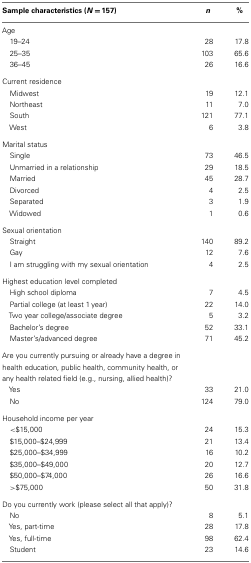
<table><thead><tr><td><b>Sample characteristics (<i>N</i> = 157)</b></td><td><b><i>n</i></b></td><td><b>%</b></td></tr></thead><tbody><tr><td>Age</td></tr><tr><td> 19–24</td><td>28</td><td>17.8</td></tr><tr><td> 25–35</td><td>103</td><td>65.6</td></tr><tr><td> 36–45</td><td>26</td><td>16.6</td></tr><tr><td>Current residence</td></tr><tr><td> Midwest</td><td>19</td><td>12.1</td></tr><tr><td> Northeast</td><td>11</td><td>7.0</td></tr><tr><td> South</td><td>121</td><td>77.1</td></tr><tr><td> West</td><td>6</td><td>3.8</td></tr><tr><td>Marital status</td></tr><tr><td> Single</td><td>73</td><td>46.5</td></tr><tr><td> Unmarried in a relationship</td><td>29</td><td>18.5</td></tr><tr><td> Married</td><td>45</td><td>28.7</td></tr><tr><td> Divorced</td><td>4</td><td>2.5</td></tr><tr><td> Separated</td><td>3</td><td>1.9</td></tr><tr><td> Widowed</td><td>1</td><td>0.6</td></tr><tr><td>Sexual orientation</td></tr><tr><td> Straight</td><td>140</td><td>89.2</td></tr><tr><td> Gay</td><td>12</td><td>7.6</td></tr><tr><td> I am struggling with my sexual orientation</td><td>4</td><td>2.5</td></tr><tr><td>Highest education level completed</td></tr><tr><td> High school diploma</td><td>7</td><td>4.5</td></tr><tr><td> Partial college (at least 1 year)</td><td>22</td><td>14.0</td></tr><tr><td> Two year college/associate degree</td><td>5</td><td>3.2</td></tr><tr><td> Bachelor’s degree</td><td>52</td><td>33.1</td></tr><tr><td> Master’s/advanced degree</td><td>71</td><td>45.2</td></tr><tr><td>Are you currently pursuing or already have a degree in health education, public health, community health, or any health related field (e.g., nursing, allied health)?</td></tr><tr><td> Yes</td><td>33</td><td>21.0</td></tr><tr><td> No</td><td>124</td><td>79.0</td></tr><tr><td>Household income per year</td></tr><tr><td>&lt;$15,000</td><td>24</td><td>15.3</td></tr><tr><td> $15,000–$24,999</td><td>21</td><td>13.4</td></tr><tr><td> $25,000–$34,999</td><td>16</td><td>10.2</td></tr><tr><td> $35,000–$49,000</td><td>20</td><td>12.7</td></tr><tr><td> $50,000–$74,000</td><td>26</td><td>16.6</td></tr><tr><td>&gt;$75,000</td><td>50</td><td>31.8</td></tr><tr><td>Do you currently work (please select all that apply)?</td></tr><tr><td> No</td><td>8</td><td>5.1</td></tr><tr><td> Yes, part-time</td><td>28</td><td>17.8</td></tr><tr><td> Yes, full-time</td><td>98</td><td>62.4</td></tr><tr><td> Student</td><td>23</td><td>14.6</td></tr></tbody></table>